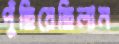
পুঁছিয়েছিলাম